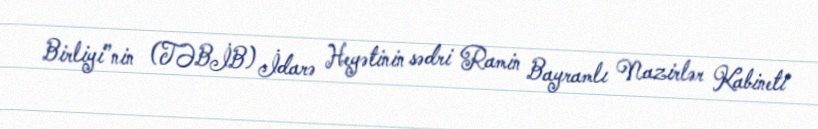
Birliyi”nin (TƏBİB) İdarə Heyətinin sədri Ramin Bayramlı Nazirlər Kabineti